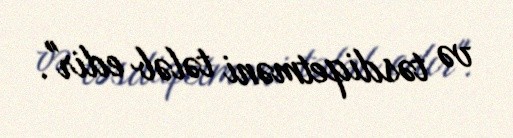
və təsdiqetməni tələb edir".